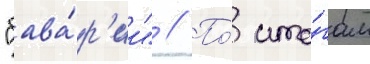
"бава́р'ии" // По́ ито́гам